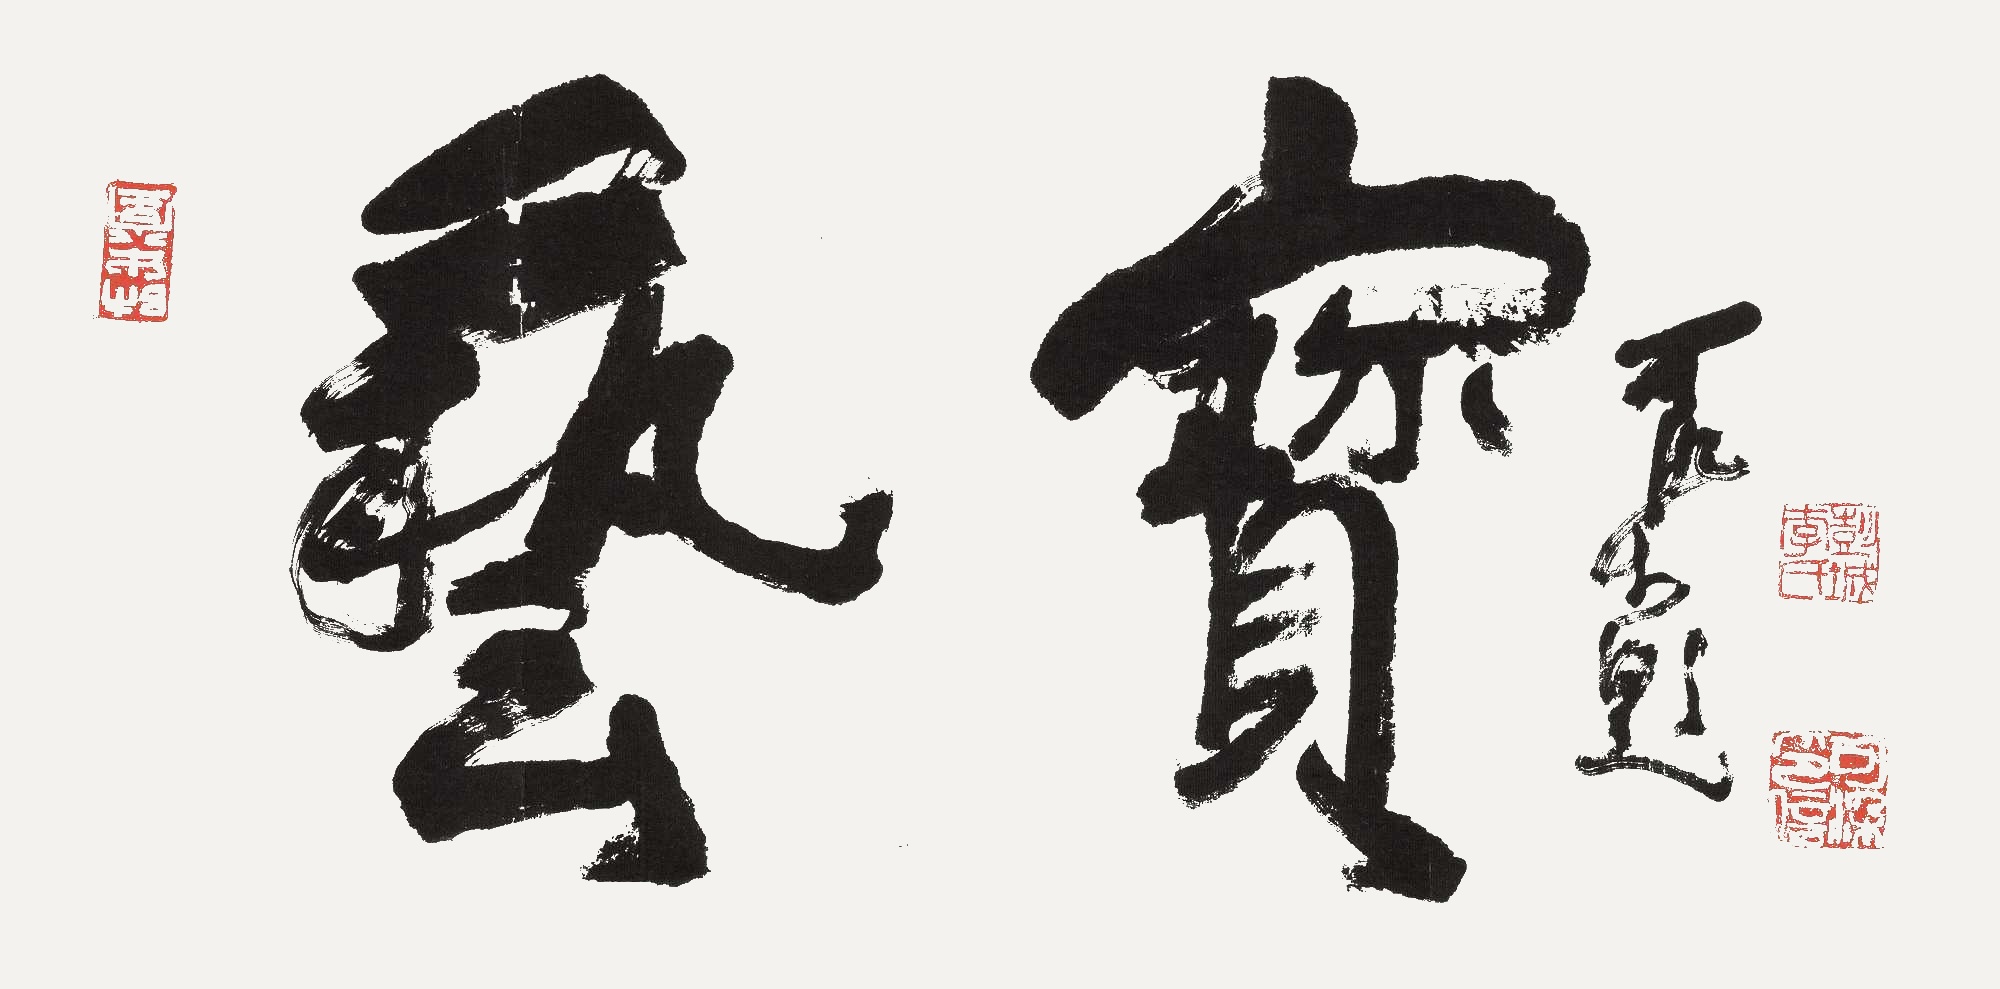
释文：艺宝可染题。